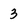
Character: 3